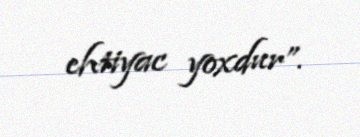
ehtiyac yoxdur”.